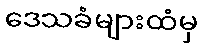
ဒေသခံများထံမှ